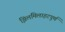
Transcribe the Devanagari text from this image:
झिलमिलाहटपूर्ण